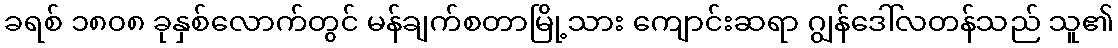
ခရစ် ၁၈၀၈ ခုနှစ်လောက်တွင် မန်ချက်စတာမြို့သား ကျောင်းဆရာ ဂျွန်ဒေါ်လတန်သည် သူ၏